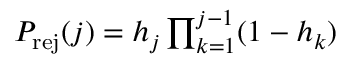
\begin{array} { r } { P _ { \mathrm { r e j } } ( j ) = h _ { j } \prod _ { k = 1 } ^ { j - 1 } ( 1 - h _ { k } ) } \end{array}